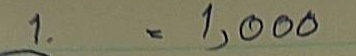
1 = 1,000